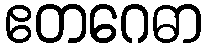
ဧတဂေဓာ